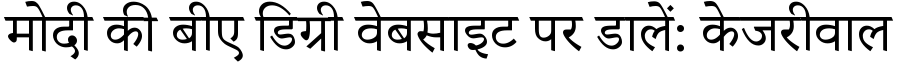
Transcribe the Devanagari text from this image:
मोदी की बीए डिग्री वेबसाइट पर डालें: केजरीवाल